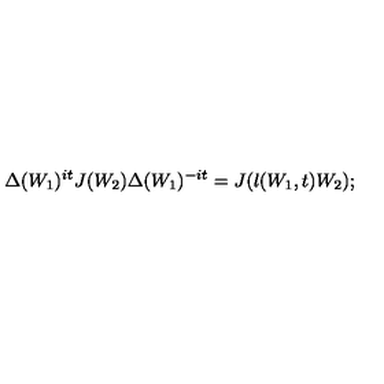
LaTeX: \Delta ( W _ { 1 } ) ^ { i t } J ( W _ { 2 } ) \Delta ( W _ { 1 } ) ^ { - i t } = J ( \l ( W _ { 1 } , t ) W _ { 2 } ) ;